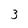
Character: 3